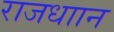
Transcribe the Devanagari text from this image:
राजधाान